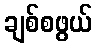
ချစ်စဖွယ်